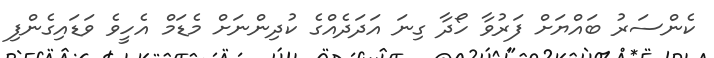
ކެންސަރު ބައްޔަށް ފަރުވާ ހޯދާ ގިނަ އަދަދެއްގެ ކުދިންނަށް މެޑަމް އެހީވެ ވަޑައިގެންފި